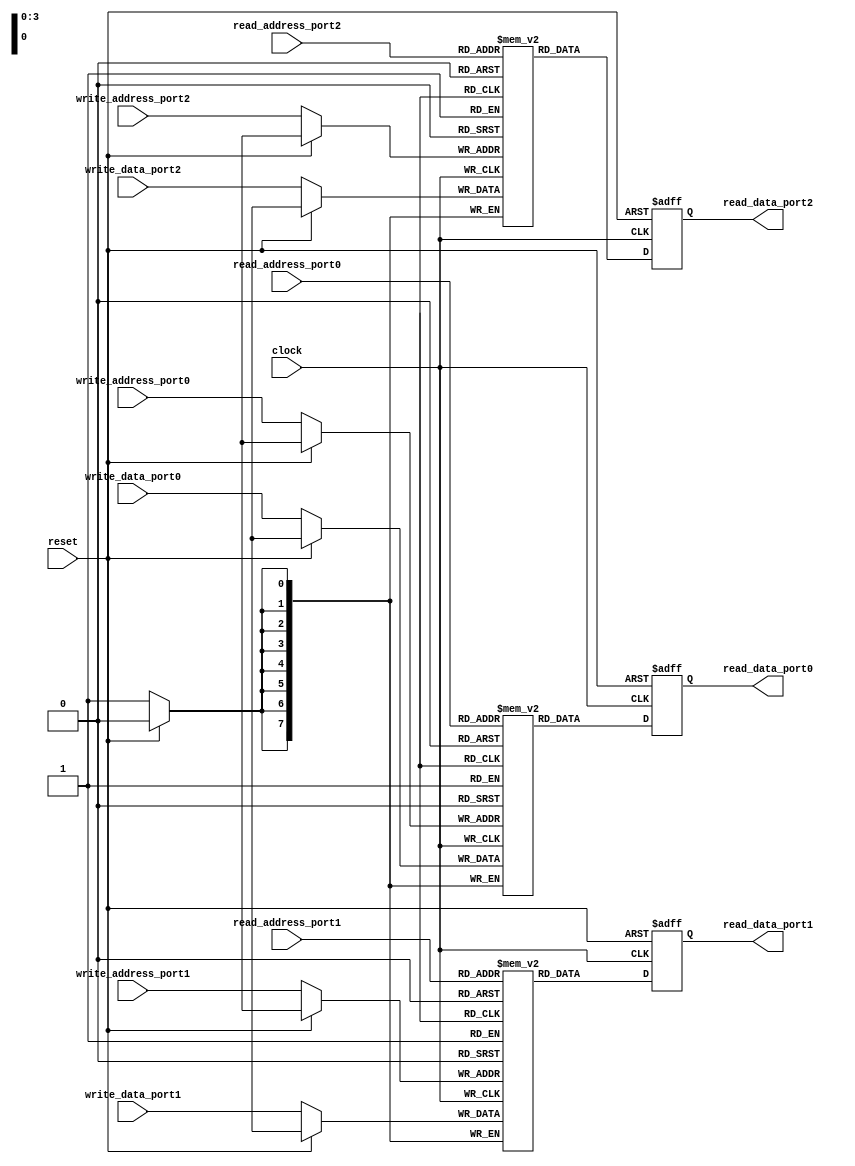
module triple_port_register_file #(
    parameter DATA_WIDTH = 8,
    parameter ADDRESS_WIDTH = 4,
    parameter NUM_PORTS = 3
)(
    input wire clock,
    input wire reset,
    input wire [ADDRESS_WIDTH-1:0] read_address_port0,
    input wire [ADDRESS_WIDTH-1:0] read_address_port1,
    input wire [ADDRESS_WIDTH-1:0] read_address_port2,
    output reg [DATA_WIDTH-1:0] read_data_port0,
    output reg [DATA_WIDTH-1:0] read_data_port1,
    output reg [DATA_WIDTH-1:0] read_data_port2,
    input wire [ADDRESS_WIDTH-1:0] write_address_port0,
    input wire [ADDRESS_WIDTH-1:0] write_address_port1,
    input wire [ADDRESS_WIDTH-1:0] write_address_port2,
    input wire [DATA_WIDTH-1:0] write_data_port0,
    input wire [DATA_WIDTH-1:0] write_data_port1,
    input wire [DATA_WIDTH-1:0] write_data_port2
);

reg [DATA_WIDTH-1:0] mem0 [0:2**ADDRESS_WIDTH-1];
reg [DATA_WIDTH-1:0] mem1 [0:2**ADDRESS_WIDTH-1];
reg [DATA_WIDTH-1:0] mem2 [0:2**ADDRESS_WIDTH-1];

always @ (posedge clock or posedge reset) begin
    if (reset) begin
        read_data_port0 <= 0;
        read_data_port1 <= 0;
        read_data_port2 <= 0;
    end else begin
        read_data_port0 <= mem0[read_address_port0];
        read_data_port1 <= mem1[read_address_port1];
        read_data_port2 <= mem2[read_address_port2];
    end
end

always @ (posedge clock) begin
    if (~reset) begin
        mem0[write_address_port0] <= write_data_port0;
        mem1[write_address_port1] <= write_data_port1;
        mem2[write_address_port2] <= write_data_port2;
    end
end

endmodule